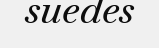
suedes